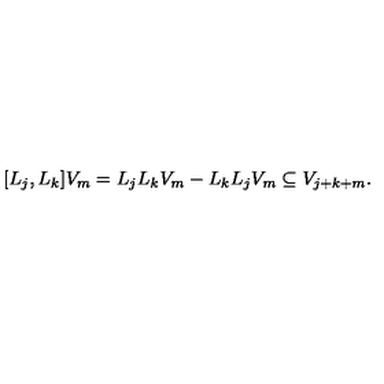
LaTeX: [ L _ { j } , L _ { k } ] V _ { m } = L _ { j } L _ { k } V _ { m } - L _ { k } L _ { j } V _ { m } \subseteq V _ { j + k + m } .